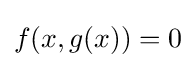
f(x,g(x))=0